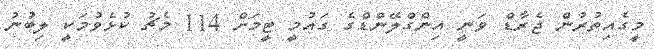
މީގެއިތުރުން ޖެރާޑް ވަނީ އިންގްލޭންޑްގެ ގައުމީ ޓީމަށް 114 މެޗު ކުޅެވުމަކީ ލިބުނު